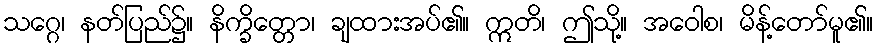
သဂ္ဂေ၊ နတ်ပြည်၌။ နိက္ခိတ္တော၊ ချထားအပ်၏။ ဣတိ၊ ဤသို့။ အဝေါစ၊ မိန့်တော်မူ၏။